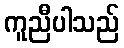
ကူညီပါသည်